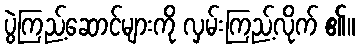
ပွဲကြည့်ဆောင်များကို လှမ်းကြည့်လိုက် ၏။